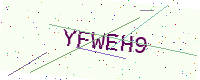
Text: YFWEH9